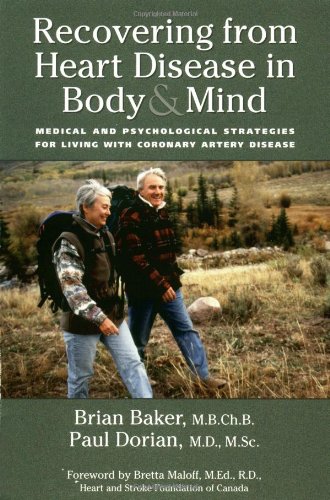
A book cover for Recovering from Heart Disease in Body & Mind: Medical and Psychological Strategies for Living with Coronary Artery Disease; Brian Baker; Health, Fitness & Dieting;